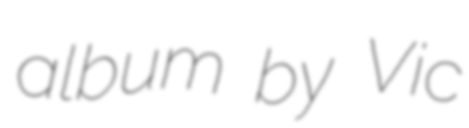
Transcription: album by Vic